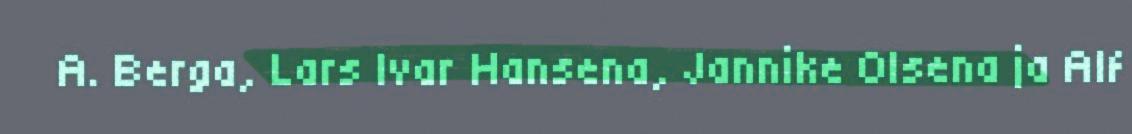
A. Berga, Lars Ivar Hansena, Jannike Olsena ja Alf